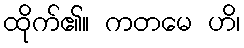
ထိုက်၏။ ကတမေ ဟိ၊